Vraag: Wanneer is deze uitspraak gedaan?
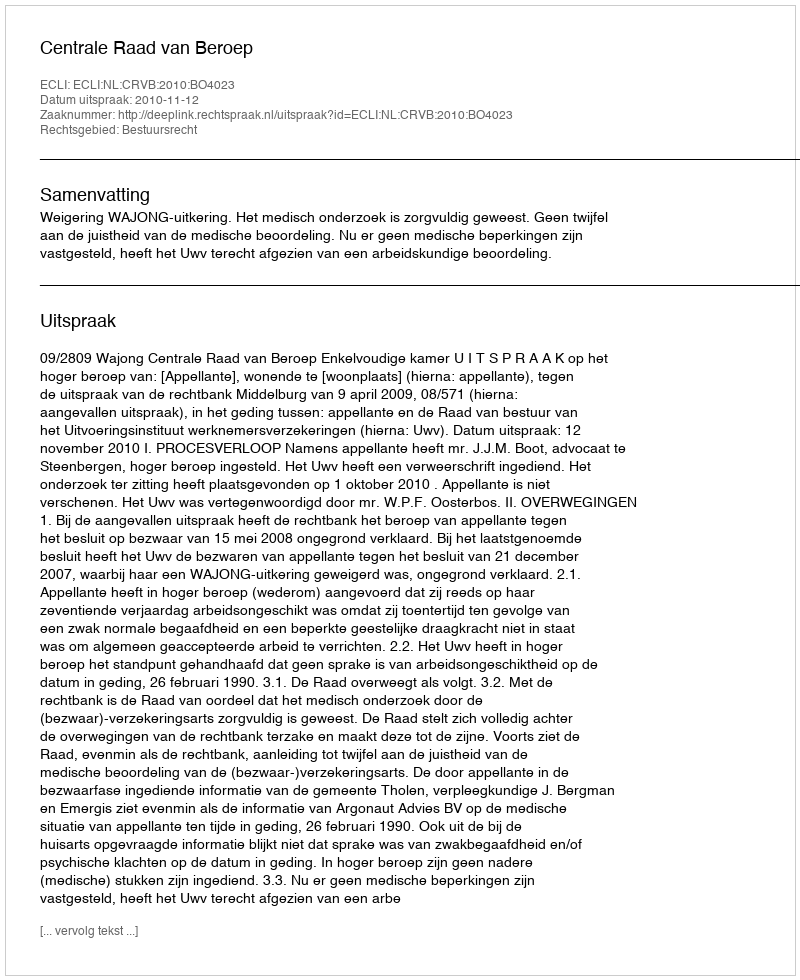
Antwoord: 2010-11-12